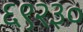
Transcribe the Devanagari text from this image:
६९२३०